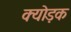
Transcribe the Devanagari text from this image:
क्योड़क